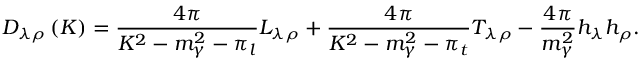
D _ { \lambda \rho } \left( K \right) = \frac { 4 \pi } { K ^ { 2 } - m _ { \gamma } ^ { 2 } - \pi _ { l } } L _ { \lambda \rho } + \frac { 4 \pi } { K ^ { 2 } - m _ { \gamma } ^ { 2 } - \pi _ { t } } T _ { \lambda \rho } - \frac { 4 \pi } { m _ { \gamma } ^ { 2 } } h _ { \lambda } h _ { \rho } .